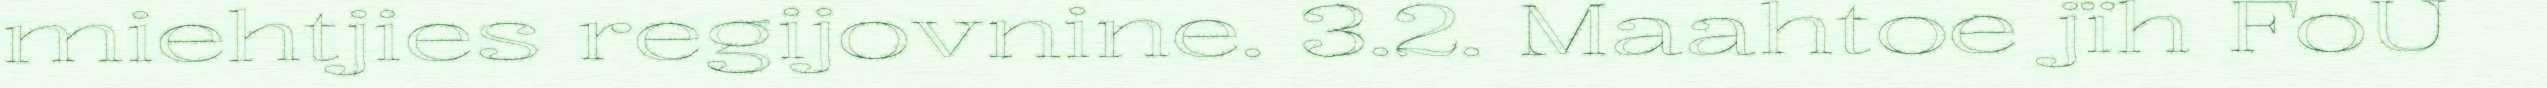
miehtjies regijovnine. 3.2. Maahtoe jïh FoU